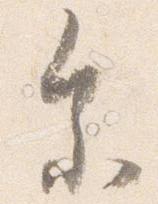
参